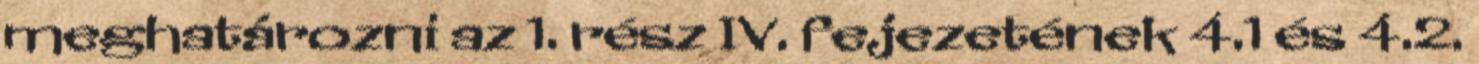
meghatározni az 1. rész IV. fejezetének 4.1 és 4.2.